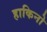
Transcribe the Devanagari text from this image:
हाकिनो